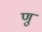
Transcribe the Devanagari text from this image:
णु